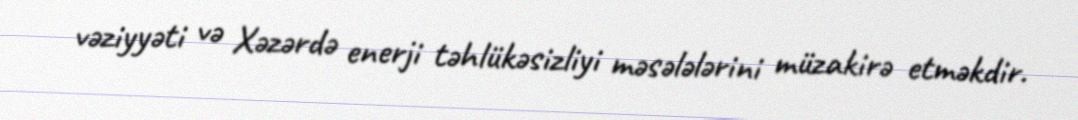
vəziyyəti və Xəzərdə enerji təhlükəsizliyi məsələlərini müzakirə etməkdir.